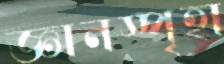
জ্ঞানস্পৃহা